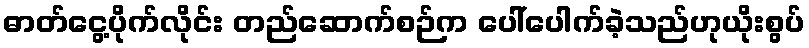
ဓာတ်ငွေ့ပိုက်လိုင်း တည်ဆောက်စဉ်က ပေါ်ပေါက်ခဲ့သည်ဟုယိုးစွပ်